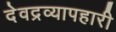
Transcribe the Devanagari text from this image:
देवद्रव्यापहारी